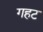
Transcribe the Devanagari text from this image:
गहट